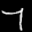
Label: 7